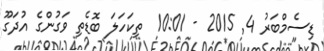
ޑިސެމްބަރު 4